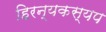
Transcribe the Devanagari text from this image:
हिरन्यकस्यप